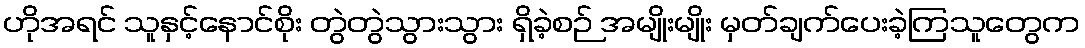
ဟိုအရင် သူနှင့်နောင်စိုး တွဲတွဲသွားသွား ရှိခဲ့စဉ် အမျိုးမျိုး မှတ်ချက်ပေးခဲ့ကြသူတွေက